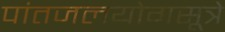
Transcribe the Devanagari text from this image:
पांतजलयोगसूत्रे